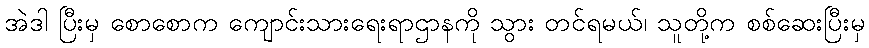
အဲဒါ ပြီးမှ စောစောက ကျောင်းသားရေးရာဌာနကို သွား တင်ရမယ်၊ သူတို့က စစ်ဆေးပြီးမှ